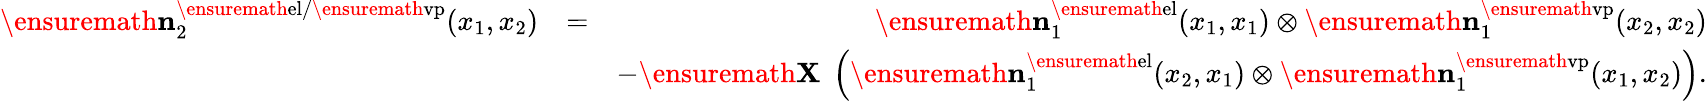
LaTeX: \begin{array}{rlr}{\ensuremath{\mathbf{n}}_{2}^{\ensuremath{\mathrm{el}}/\ensuremath{\mathrm{vp}}}(x_{1},x_{2})}&{=}&{\ensuremath{\mathbf{n}}_{1}^{\ensuremath{\mathrm{el}}}(x_{1},x_{1})\otimes\ensuremath{\mathbf{n}}_{1}^{\ensuremath{\mathrm{vp}}}(x_{2},x_{2})}\\ &{}&{-\ensuremath{\mathbf{X}}\; \left(\ensuremath{\mathbf{n}}_{1}^{\ensuremath{\mathrm{el}}}(x_{2},x_{1})\otimes\ensuremath{\mathbf{n}}_{1}^{\ensuremath{\mathrm{vp}}}(x_{1},x_{2})\right).}\end{array}